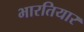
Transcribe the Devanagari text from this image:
भारतियार